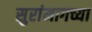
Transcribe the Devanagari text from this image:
सुरांमागच्या